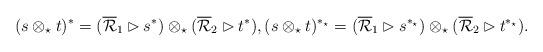
LaTeX: \begin{align*} (s\otimes_\star t)^*=(\overline{\mathcal{R}}_1\rhd s^*)\otimes_\star (\overline{\mathcal{R}}_2\rhd t^*), (s\otimes_\star t)^{*_\star}=(\overline{\mathcal{R}}_1\rhd s^{*_\star})\otimes_\star (\overline{\mathcal{R}}_2\rhd t^{*_\star}).\end{align*}